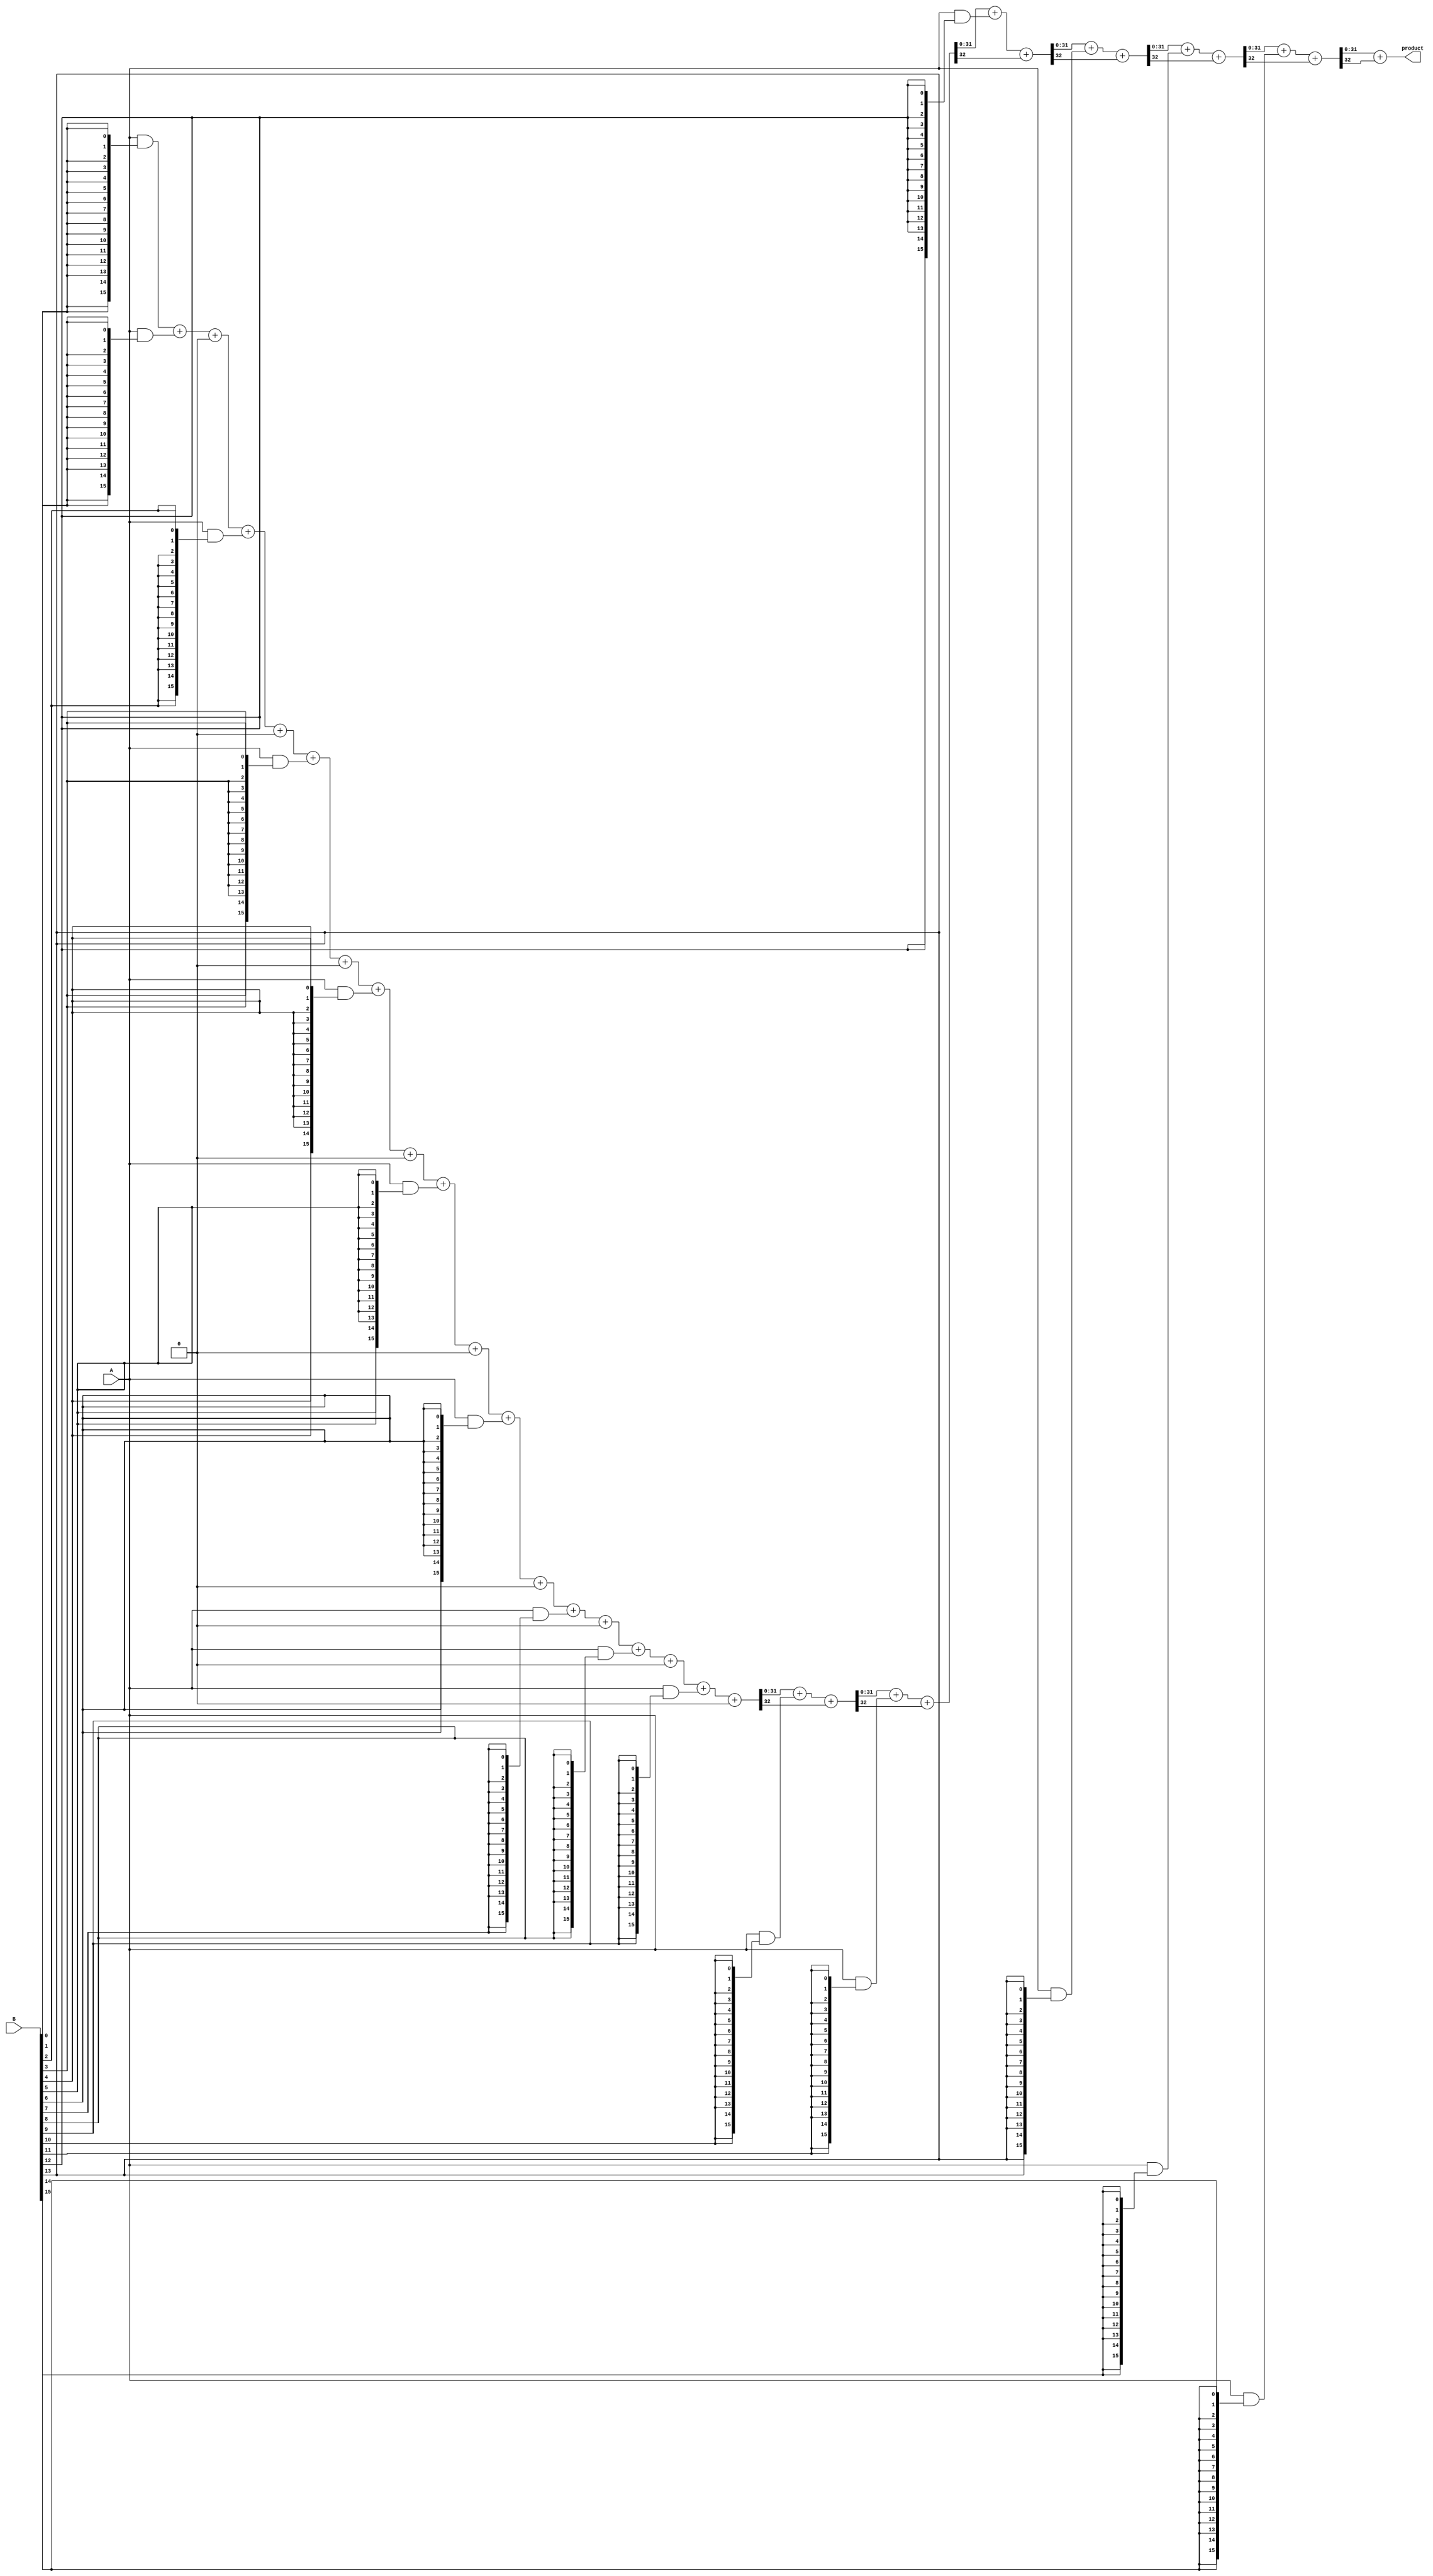
module FixedPointWallaceTreeMultiplier #(
    parameter WIDTH_A = 16, // Width of operand A
    parameter WIDTH_B = 16, // Width of operand B
    parameter FRACTIONAL_BITS = 8 // Number of fractional bits
)(
    input  [WIDTH_A-1:0] A, // Fixed-point operand A
    input  [WIDTH_B-1:0] B, // Fixed-point operand B
    output reg [WIDTH_A + WIDTH_B - 1:0] product // Fixed-point product
);

    // Generate partial products
    wire [WIDTH_A-1:0] partial_products[WIDTH_B-1:0];
    genvar i;
    generate
        for (i = 0; i < WIDTH_B; i = i + 1) begin : gen_partial_products
            assign partial_products[i] = A & {WIDTH_A{B[i]}};
        end
    endgenerate

    // Wallace tree reduction
    wire [WIDTH_A + WIDTH_B - 1:0] sum[WIDTH_B-1:0];
    wire [WIDTH_B-1:0] carry[WIDTH_B-1:0];

    // Stage 1: Combine partial products using half and full adders
    genvar j;
    generate
        for (j = 0; j < WIDTH_B; j = j + 1) begin : reduction_stage
            if (j == 0) begin
                assign sum[j] = {1'b0, partial_products[j]};
                assign carry[j] = 0;
            end else begin
                // Full adder for three inputs
                wire [WIDTH_A + WIDTH_B - 1:0] temp_sum;
                wire temp_carry;

                assign {temp_carry, temp_sum} = sum[j-1] + {1'b0, partial_products[j]} + carry[j-1];
                assign sum[j] = temp_sum;
                assign carry[j] = temp_carry;
            end
        end
    endgenerate

    // Final addition
    wire [WIDTH_A + WIDTH_B - 1:0] final_sum;
    wire final_carry;

    assign {final_carry, final_sum} = sum[WIDTH_B-1] + carry[WIDTH_B-1];

    // Handle overflow and assign the product
    always @(*) begin
        product = final_sum[WIDTH_A + WIDTH_B - 1:0]; // Truncate to the appropriate width
    end

endmodule